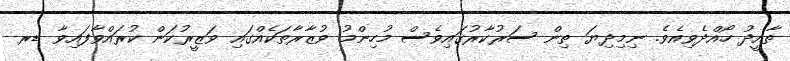
ތާއީދު ހޯއްދެވިއެވެ. ނިމިދިޔަ ތިން ސަރުކާރުގައިވެސް މުހިންމު ވުޒާރާތަކެއްގައި ވަޒީރުކަން ކުރައްވާފައިވާ ޑރ